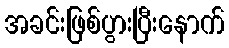
အခင်းဖြစ်ပွားပြီးနောက်